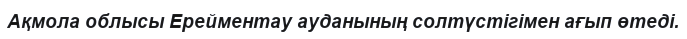
Ақмола облысы Ерейментау ауданының солтүстігімен ағып өтеді.